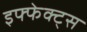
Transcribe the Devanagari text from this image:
इफ्फेक्ट्स